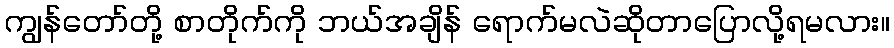
ကျွန်တော်တို့ စာတိုက်ကို ဘယ်အချိန် ရောက်မလဲဆိုတာပြောလို့ရမလား။